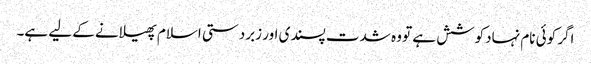
اگر کوئی نام نہادکوشش ہے تو وہ شدت پسندی اور زبردستی اسلام پھیلانے کے لیے ہے۔